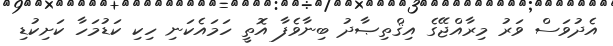
އެދުވަސް ވަރު މިރާއްޖޭގެ އިޤްތިޞާދު ބިނާވެފާ އޮތީ ހަމައެކަނި ހިކި ކަޑުމަހާ ކަށިކުޑި